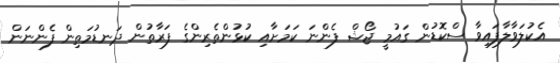
އެކުލަވާލާފައިވާ ސްކޮޑުން ގައުމީ ޖޯޝް ފެންނަ ކަމަށާއި ކުޅުންތެރިންގެ ފަރާތުން ދަނޑުމަތިން ފެންނަން